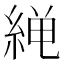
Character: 𫃨